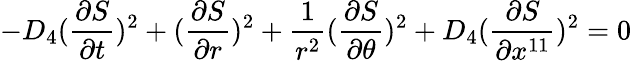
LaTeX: -D_{4}({\frac{\partial S}{\partial t}})^{2}+({\frac{\partial S}{\partial r}})^{2}+{\frac{1}{r^{2}}}({\frac{\partial S}{\partial\theta}})^{2}+D_{4}({\frac{\partial S}{\partial x^{11}}})^{2}=0~